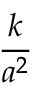
\frac { k } { a ^ { 2 } }